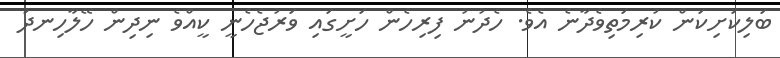
ބަލިކަށިކަން ކުރިމަތިވެދާނެ އެވެ. ހެދުނު ފިރިހެން ހަށީގައި ވަރުޖެހެނީ ކީއްވެ ނިދިން ހޭލާހިނދު